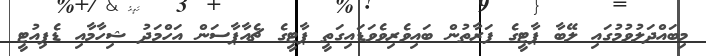
މިބައްދަލުވުމުގައި ލޭބާ ޕާޓީގެ ފަރާތުން ބައިވެރިވެވަޑައިގަތީ ޕާޓީގެ ޗެއާޕާސަން އަހްމަދު ޝިހާމާއި ޑެޕިއުޓީ